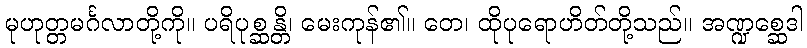
မုဟုတ္တမင်္ဂလာတို့ကို။ ပရိပုစ္ဆန္တိ၊ မေးကုန်၏။ တေ၊ ထိုပုရောဟိတ်တို့သည်။ အဏ္ဍစ္ဆေဒါ